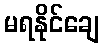
မရနိုင်ချေ